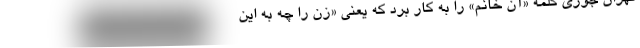
تهران جوری کلمۀ «آن خانم» را به کار برد که یعنی «زن را چه به این